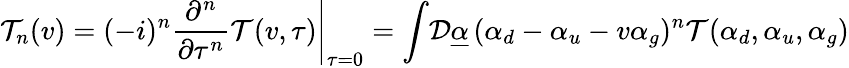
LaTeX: {\cal T}_{n}(v)=\left.(-i)^{n}\frac{\partial^{n}}{\partial\tau^{n}}{\cal T}(v,\tau)\right|_{\tau=0}=\int\! {\cal D}\underline{{{\alpha}}}\, (\alpha_{d}-\alpha_{u}-v\alpha_{g})^{n}{\cal T}(\alpha_{d},\alpha_{u},\alpha_{g})